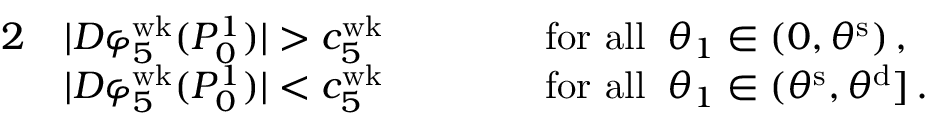
\begin{array} { r l r l } { { 2 } } & { | D \varphi _ { 5 } ^ { \mathrm { w k } } ( P _ { 0 } ^ { 1 } ) | > c _ { 5 } ^ { \mathrm { w k } } \, \qquad } & & { \mathrm { f o r ~ a l l } \; \; \theta _ { 1 } \in ( 0 , \theta ^ { \mathrm { s } } ) \, , } \\ & { | D \varphi _ { 5 } ^ { \mathrm { w k } } ( P _ { 0 } ^ { 1 } ) | < c _ { 5 } ^ { \mathrm { w k } } \, \qquad } & & { \mathrm { f o r ~ a l l } \; \; \theta _ { 1 } \in ( \theta ^ { \mathrm { s } } , \theta ^ { \mathrm { d } } ] \, . } \end{array}